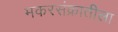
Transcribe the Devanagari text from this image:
मकरसंक्रातीला